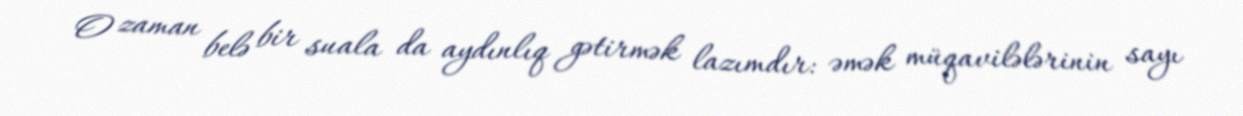
O zaman belə bir suala da aydınlıq gətirmək lazımdır: əmək müqavilələrinin sayı